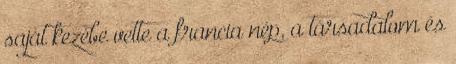
saját kezébe vette a francia nép, a társadalom és